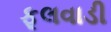
ફૂલવાડી